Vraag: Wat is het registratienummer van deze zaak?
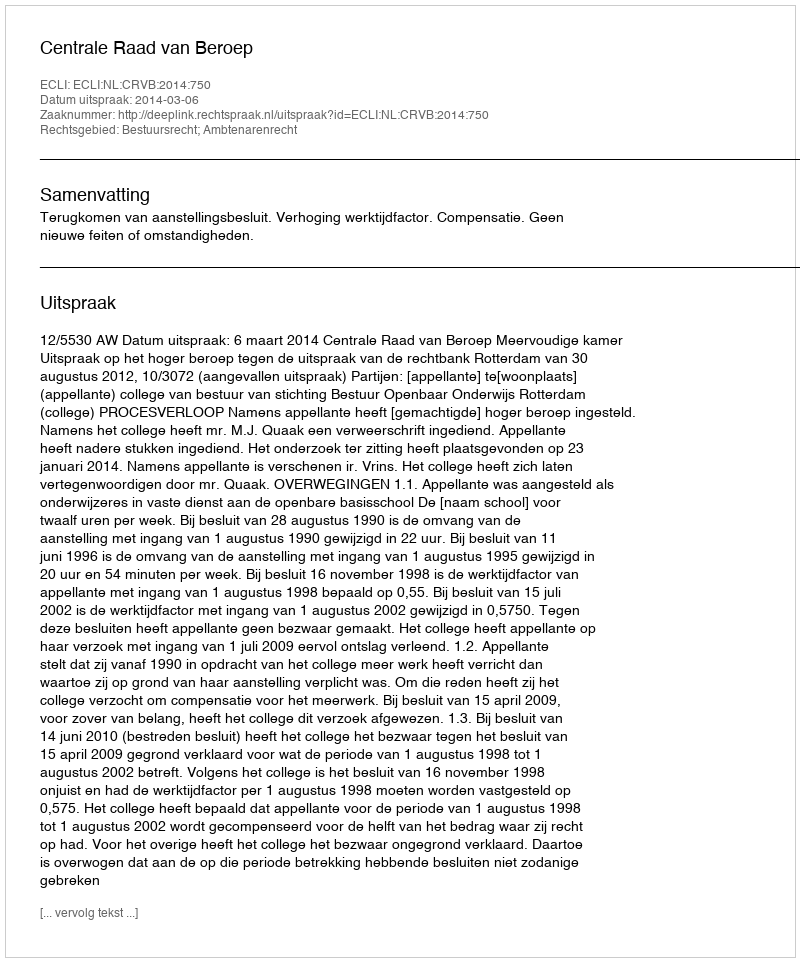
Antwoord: http://deeplink.rechtspraak.nl/uitspraak?id=ECLI:NL:CRVB:2014:750